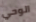
الوحي